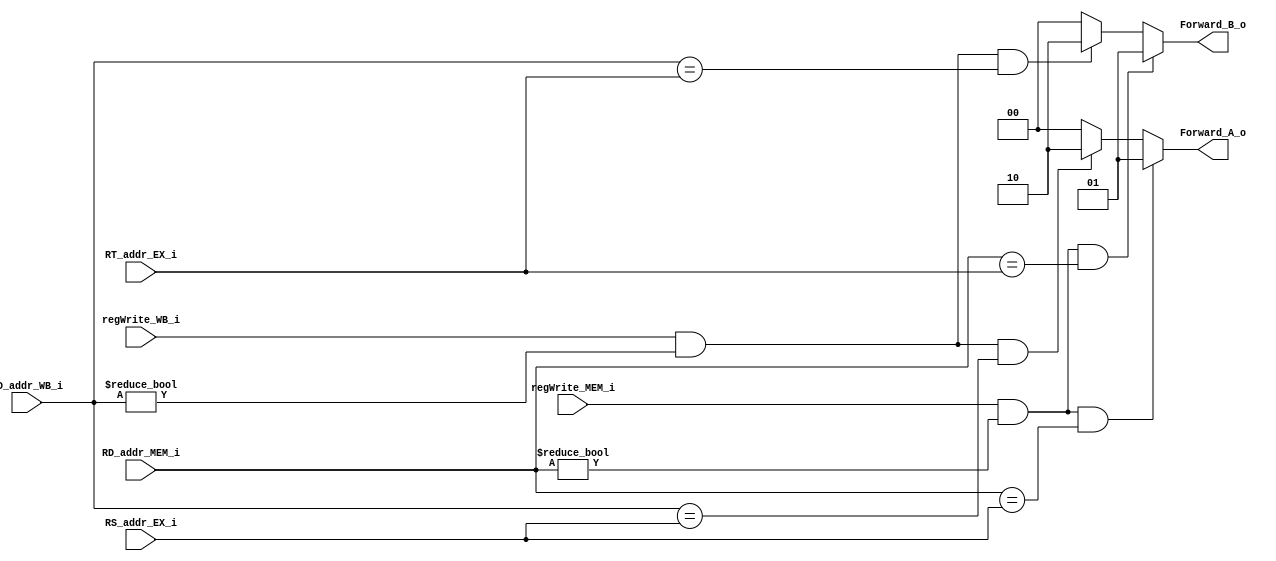
module Forwarding(
    RS_addr_EX_i,
    RT_addr_EX_i,
    RD_addr_MEM_i,
    RD_addr_WB_i,
    regWrite_MEM_i,
    regWrite_WB_i,
    Forward_A_o,
    Forward_B_o
	);

input   [5-1:0]     RS_addr_EX_i;
input   [5-1:0]     RT_addr_EX_i;
input   [5-1:0]     RD_addr_MEM_i;
input   [5-1:0]     RD_addr_WB_i;
input               regWrite_MEM_i;
input               regWrite_WB_i;

output  [2-1:0]     Forward_A_o;
output  [2-1:0]     Forward_B_o;

assign Forward_A_o = (regWrite_MEM_i == 1 && RD_addr_MEM_i != 0 && 
                        RD_addr_MEM_i == RS_addr_EX_i) ? 2'b01:
                        ((regWrite_WB_i == 1 && RD_addr_WB_i != 0 && 
                        RD_addr_WB_i == RS_addr_EX_i) ? 2'b10:2'b00);

assign Forward_B_o = (regWrite_MEM_i == 1 && RD_addr_MEM_i != 0 && 
                        RD_addr_MEM_i == RT_addr_EX_i) ? 2'b01:
                        ((regWrite_WB_i == 1 && RD_addr_WB_i != 0 && 
                        RD_addr_WB_i == RT_addr_EX_i) ? 2'b10:2'b00);

endmodule